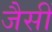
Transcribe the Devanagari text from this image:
जैसीं